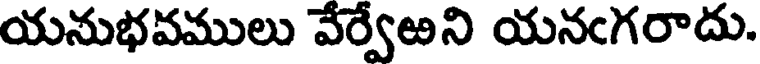
యనుభవములు వేర్వేఱని యనఁగరాదు.